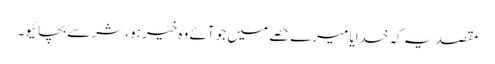
مقصد یہ کہ خدایا میرے حصے میں جو آئے وہ خیر ہو، شر سے بچائیو۔